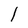
Character: l